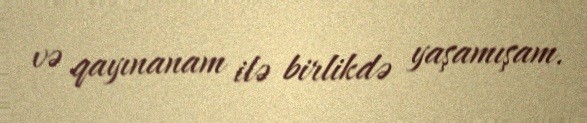
və qayınanam ilə birlikdə yaşamışam.